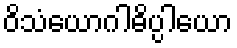
ဝိသံယောဂါဓိပ္ပါယော